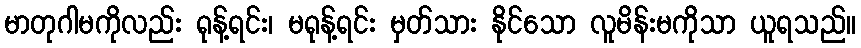
မာတုဂါမကိုလည်း ရုန့်ရင်း၊ မရုန့်ရင်း မှတ်သား နိုင်သော လူမိန်းမကိုသာ ယူရသည်။